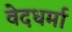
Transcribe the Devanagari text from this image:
वेदधर्मा